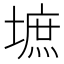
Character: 墌